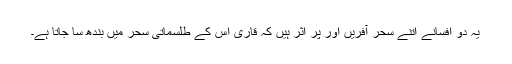
یہ دو افسانے اتنے سحر آفریں اور پر اثر ہیں کہ قاری اس کے طلسماتی سحر میں بندھ سا جاتا ہے۔